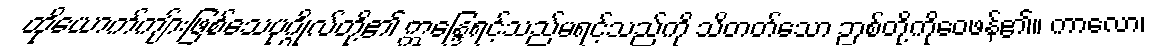
ထိုယောက်ကျ်ားဖြစ်သေပုဂ္ဂိုလ်တို့၏ ဣန္ဒြေရင့်သည်မရင့်သည်ကို သိတတ်သော ဉာစ်တို့ကိုဝေဖန်၏။ ကာလော၊